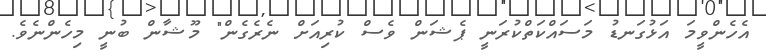
އެހެންވީމަ އަޅުގަނޑު މަސައްކަތްކުރަނީ ޕެޝަން ވެސް ކުރިއަށް ނެރެގެން" މޫޝާން ބުނީ މިހެންނެވެ.